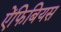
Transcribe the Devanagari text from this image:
ऐंफिबियस